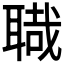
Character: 𦖱